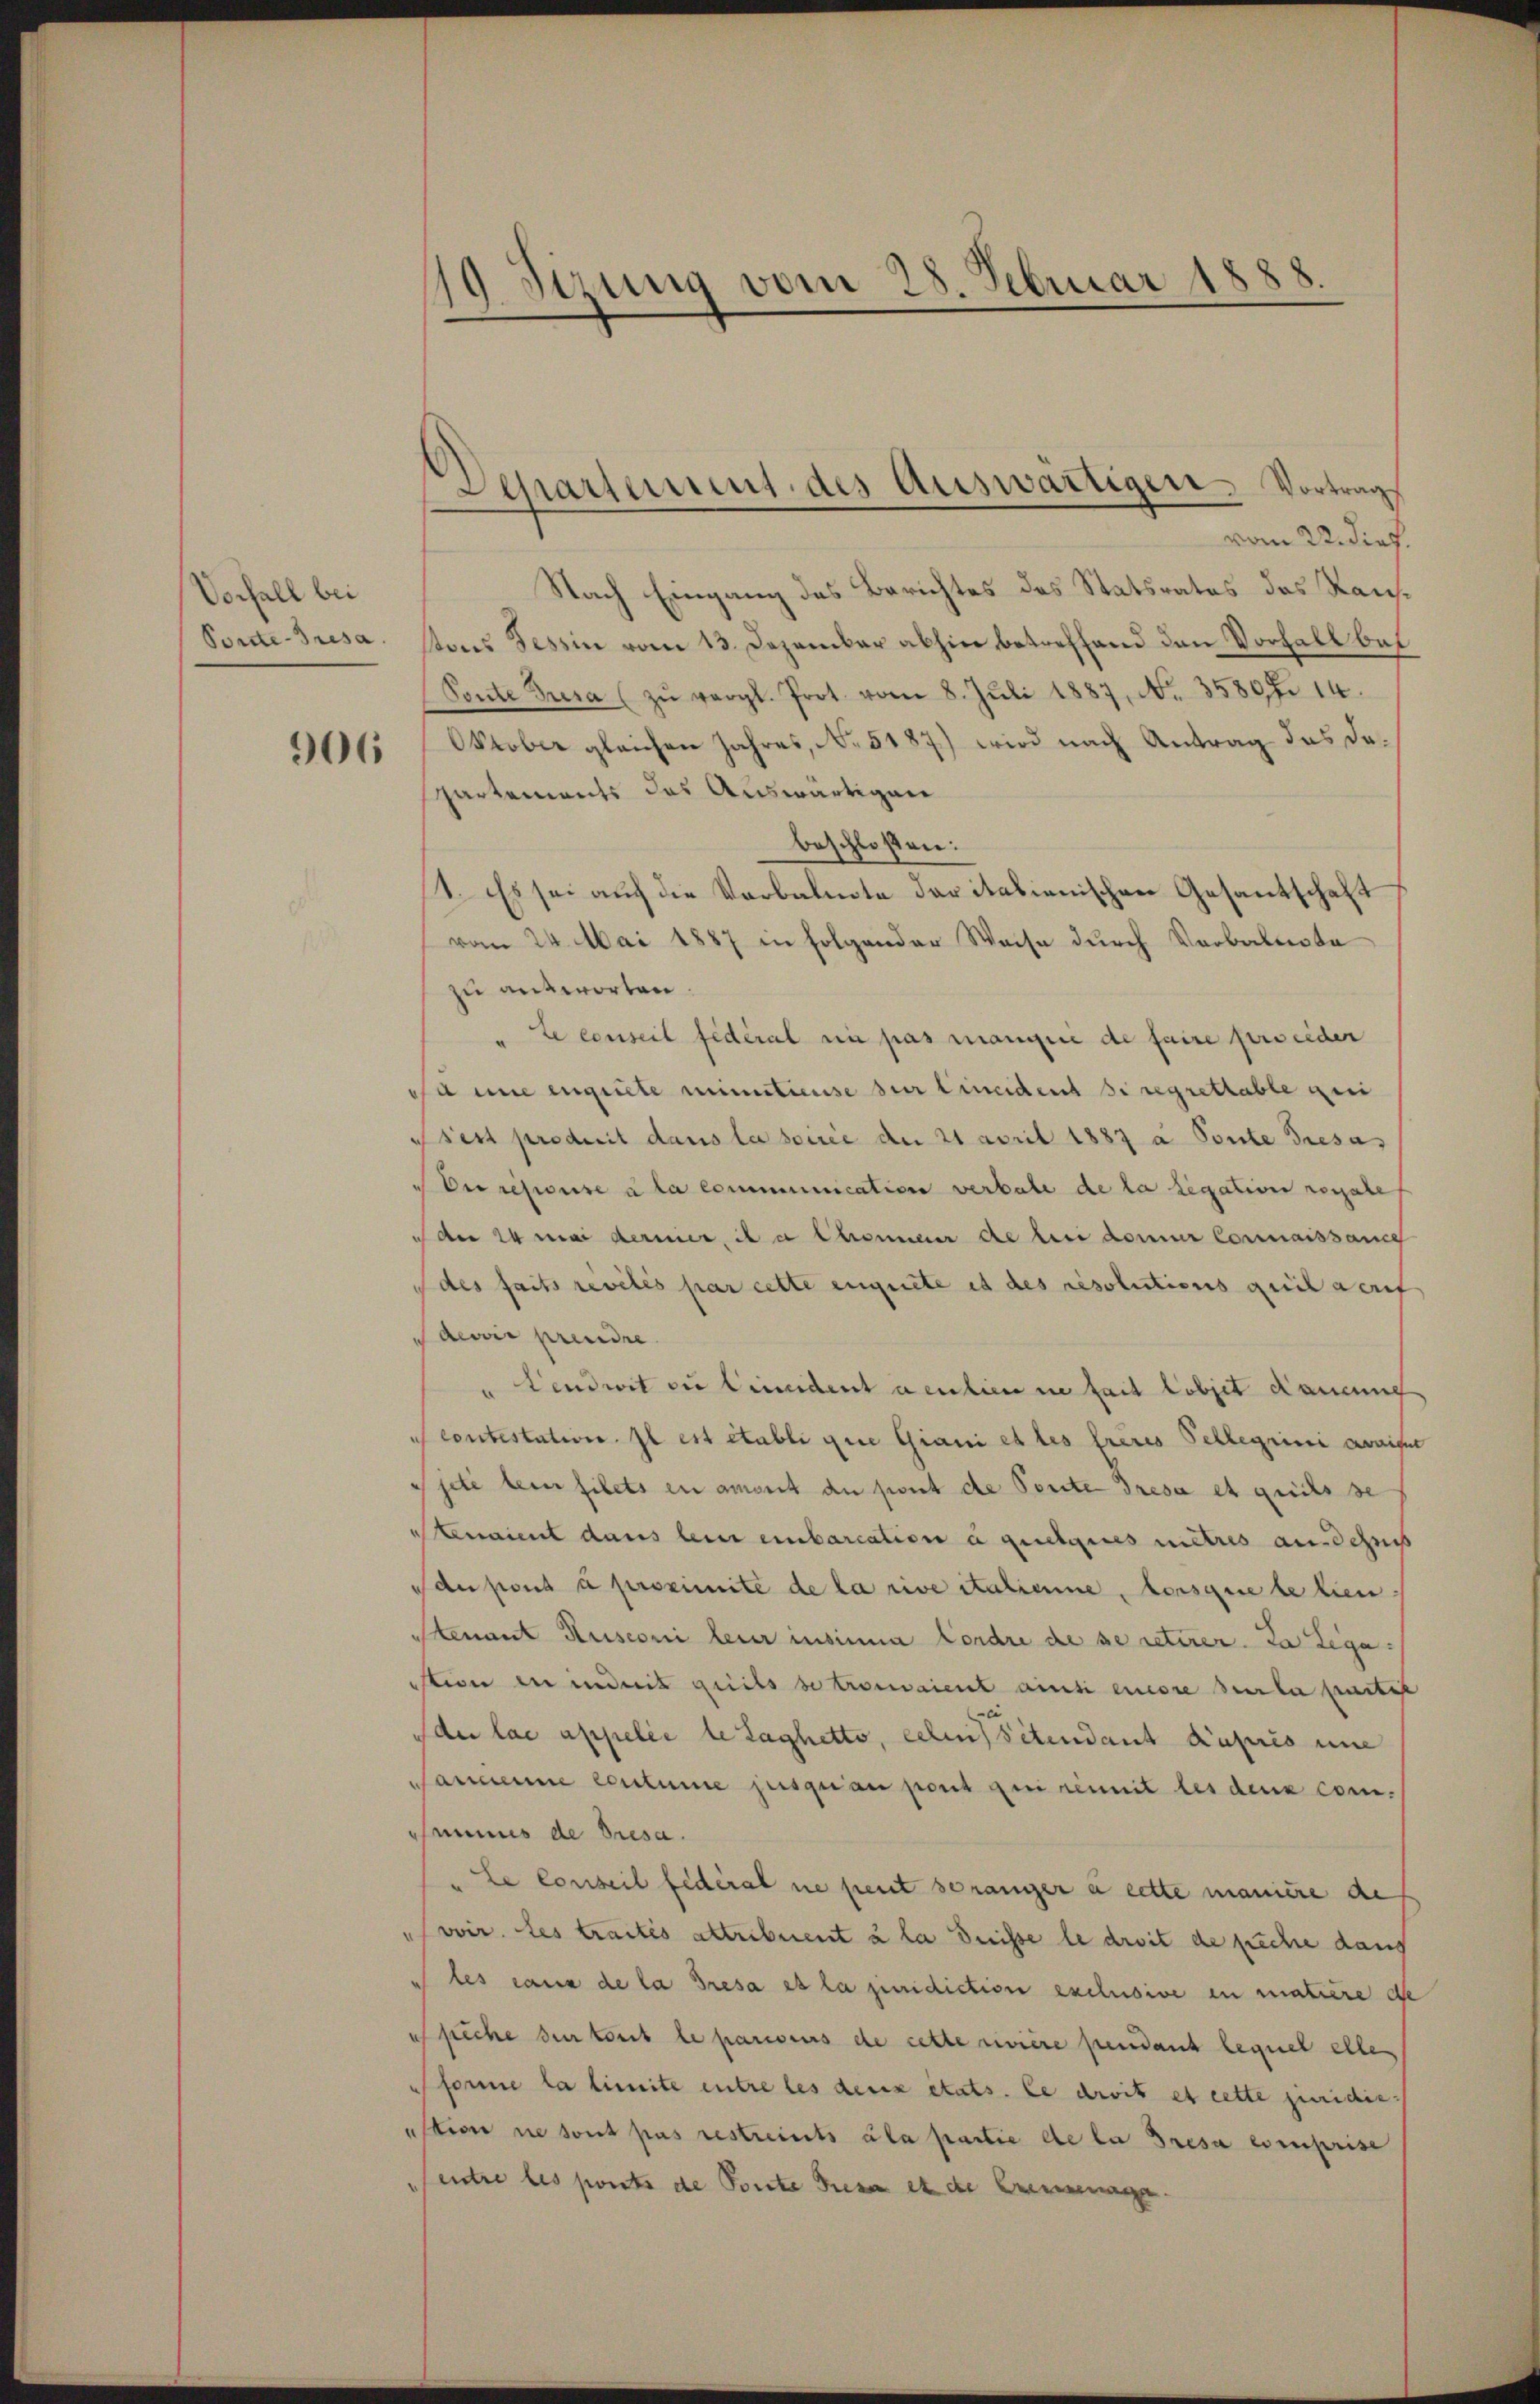
Vorfall bei
Ponte-Bresa.

906

19 Stzung vom 28. Februar 1888.

Departement des Auswärtigen. Vortrag

vom 22. Dief.
Nach Eingang des Berichtes des Statsrates des Kantons Tessin vom 13. Dezember abhin betreffend den Vorfall bei
Ponte Bresa (zŭ vergl. Prot. vom 8. Jŭli 1887, No. 35807. 14.
Orober gleichen Jahres, No. 5187) wird nach Antrag das da¬
Partements das Auswärtigen
beschloßen:
1. Es sei auch die Verbalnote daritalienischen Gesantschaf
s
vom 24. Mai 1887 in folgender Weise durch Vorbabeste
zu antworten.
Le conseil fédéral ein pas manque de faire preiden
sa un engute minutierse der Cincident si regrettable zei
sest produit dans la sowie der 21 April 1887 a Ponte Tresa
Der refuse à la communication verbale de la legation ressale
der 24 Mai dermer, da Chronneur die bei donner Connaissance
(des faits revelés par cette eignete et des resolutionsgerich geruf
derie prendre
Lendwit zu lindent neulien ne fait lobjet dauung
contestation. Il est établi giie Giani et les frères Tellegiini avaiser
jeté dein filets en ament du font de Porte Dresa et greichs se
naient dans lein einbarcation à quelques mitres ausschnis
 du pons à proximite de la rive italienne, lorsque le lien-
tenant Rusconi leur insinna Cordre de se retirer. Da Lega¬
Ation in indet griefs de trouvaient ainsi einere sera partit
e
der lae appelée de Laghetto, celen sitendant Kapris une
Cammenne coutume jusquai port qui remit les deux comsummes de Presa.
"le Conseil fédéral ne peut so ranger à cette maniere des
voir. Les traités attribuent u la dreisse le droit de preche dans
les cana de la Tresa et la juridiction exclusive in matière de
Spiche sur tout le pariens de cette rivière pendant lequel elle
forme la limite entre les deux états. Le droit et cette juridiestion ne sont pas restreits ala partie de la resa einprise
Centre les ports de Ponte diese et de Brennenage.